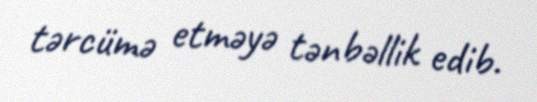
tərcümə etməyə tənbəllik edib.